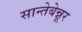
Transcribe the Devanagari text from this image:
सान्तेबेन्नूर